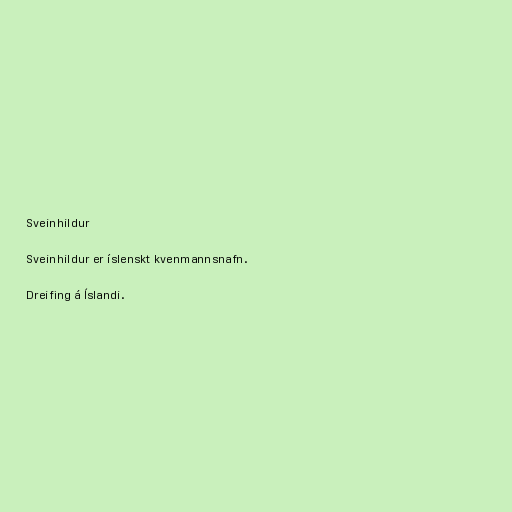
Sveinhildur

Sveinhildur er íslenskt kvenmannsnafn.

Dreifing á Íslandi.